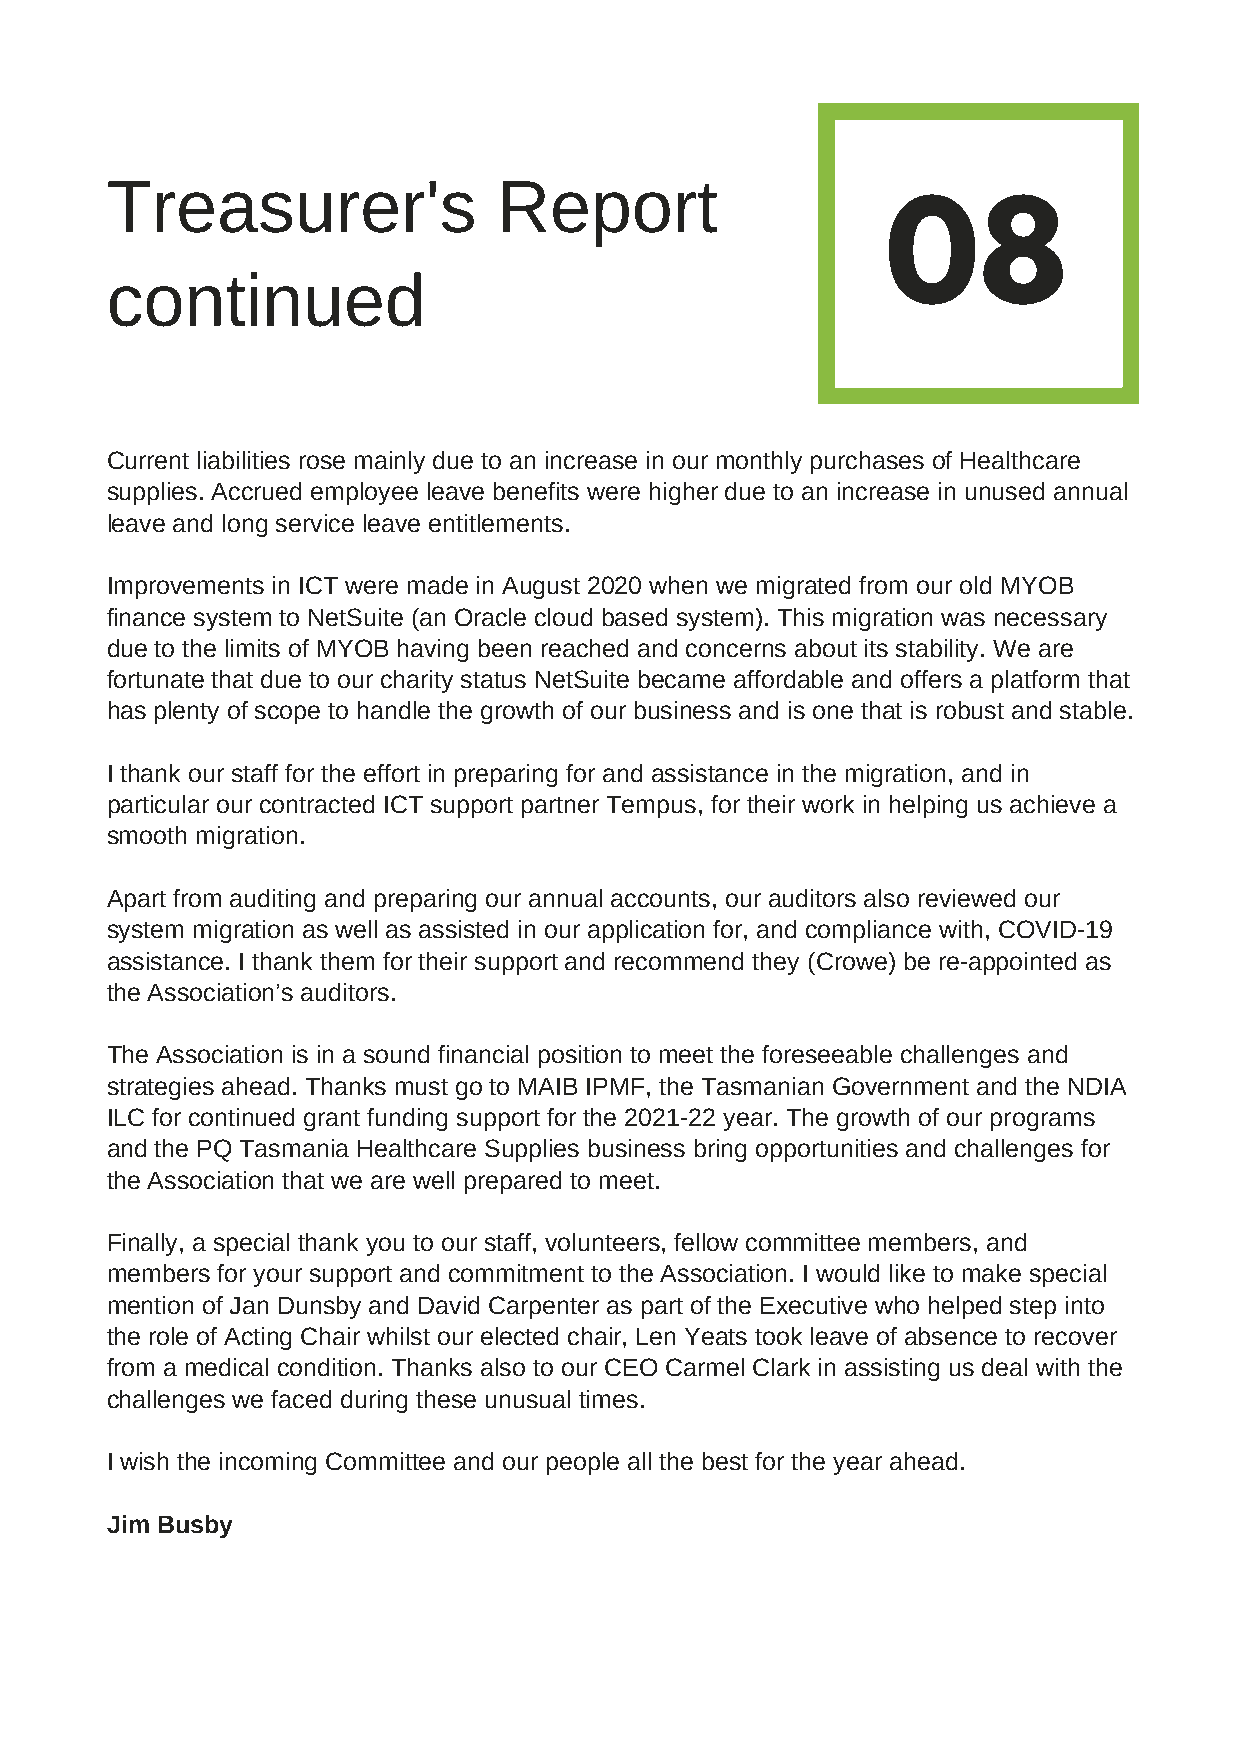
Treasurer's               Report
 08
 continued
 Current liabilities rose mainly due to an increase in our monthly purchases of Healthcare
 supplies. Accrued employee leave benefits were higher due to an increase in unused annual
 leave and long service leave entitlements.
 Improvements in ICT were made in August 2020 when we migrated from our old MYOB
 finance system to NetSuite (an Oracle cloud based system). This migration was necessary
 due to the limits of MYOB having been reached and concerns about its stability. We are
 fortunate that due to our charity status NetSuite became affordable and offers a platform that
 has plenty of scope to handle the growth of our business and is one that is robust and stable.
 I thank our staff for the effort in preparing for and assistance in the migration, and in
 particular our contracted ICT support partner Tempus, for their work in helping us achieve a
 smooth migration.
 Apart from auditing and preparing our annual accounts, our auditors also reviewed our
 system migration as well as assisted in our application for, and compliance with, COVID-19
 assistance. I thank them for their support and recommend they (Crowe) be re-appointed as
 the Association’s auditors.
 The Association is in a sound financial position to meet the foreseeable challenges and
 strategies ahead. Thanks must go to MAIB IPMF, the Tasmanian Government and the NDIA
 ILC for continued grant funding support for the 2021-22 year. The growth of our programs
 and the PQ Tasmania Healthcare Supplies business bring opportunities and challenges for
 the Association that we are well prepared to meet.
 Finally, a special thank you to our staff, volunteers, fellow committee members, and
 members for your support and commitment to the Association. I would like to make special
 mention of Jan Dunsby and David Carpenter as part of the Executive who helped step into
 the role of Acting Chair whilst our elected chair, Len Yeats took leave of absence to recover
 from a medical condition. Thanks also to our CEO Carmel Clark in assisting us deal with the
 challenges we faced during these unusual times.
 I wish the incoming Committee and our people all the best for the year ahead.
 Jim Busby